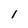
Character: I